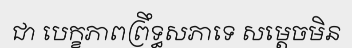
ជា បេក្ខភាពព្រឹទ្ធសភាទេ សម្តេចមិន